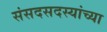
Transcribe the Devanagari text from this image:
संसदसदस्यांच्या